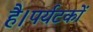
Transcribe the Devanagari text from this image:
है।पर्यटकों